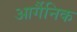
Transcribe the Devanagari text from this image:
आर्गैनिक